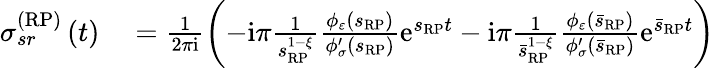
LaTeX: \begin{array}{rl}{\sigma_{sr}^{\left(\mathrm{RP}\right)}\left(t\right)}&{{}=\frac{1}{2\pi\mathrm{i}}\left(-\mathrm{i}\pi\frac{1}{s_{\scriptscriptstyle{\mathrm{RP}}}^{1-\xi}}\frac{\phi_{\varepsilon}\left(s_{\scriptscriptstyle{\mathrm{RP}}}\right)}{\phi_{\sigma}^{\prime}\left(s_{\scriptscriptstyle{\mathrm{RP}}}\right)}\mathrm{e}^{s_{\scriptscriptstyle{\mathrm{RP}}}t}-\mathrm{i}\pi\frac{1}{\bar{s}_{\scriptscriptstyle{\mathrm{RP}}}^{1-\xi}}\frac{\phi_{\varepsilon}\left(\bar{s}_{\scriptscriptstyle{\mathrm{RP}}}\right)}{\phi_{\sigma}^{\prime}\left(\bar{s}_{\scriptscriptstyle{\mathrm{RP}}}\right)}\mathrm{e}^{\bar{s}_{\scriptscriptstyle{\mathrm{RP}}}t}\right)}\end{array}